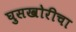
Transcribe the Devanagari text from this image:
घुसखोरीचा